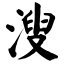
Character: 溲